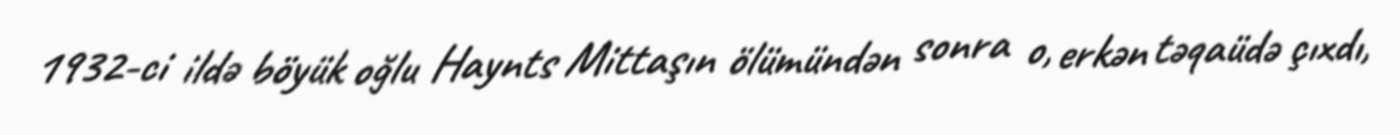
1932-ci ildə böyük oğlu Haynts Mittaşın ölümündən sonra o, erkən təqaüdə çıxdı,